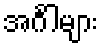
အင်္ဂါများ